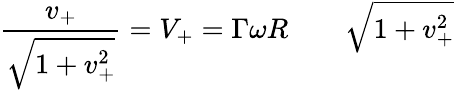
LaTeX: \frac{v_{+}}{\sqrt{1+v_{+}^{2}}}=V_{+}=\Gamma\omega R\qquad\sqrt{1+v_{+}^{2}}